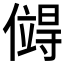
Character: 𪝯